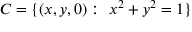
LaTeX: C = \{ ( x , y , 0 ) : \ x ^ { 2 } + y ^ { 2 } = 1 \}